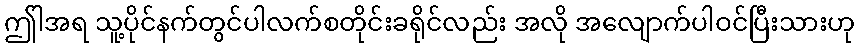
ဤါအရ သူ့ပိုင်နက်တွင်ပါလက်စတိုင်းခရိုင်လည်း အလို အလျောက်ပါဝင်ပြီးသားဟု